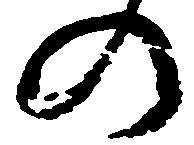
の